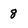
Character: 8